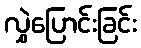
လွှဲပြောင်းခြင်း